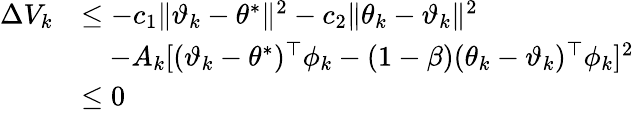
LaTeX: \begin{array}{rl}{\Delta V_{k}}&{\leq-c_{1}\| \vartheta_{k}-\theta^{*}\| ^{2}-c_{2}\| \theta_{k}-\vartheta_{k}\| ^{2}}\\ &{\quad-A_{k}[(\vartheta_{k}-\theta^{*})^{\top}\phi_{k}-(1-\beta)(\theta_{k}-\vartheta_{k})^{\top}\phi_{k}]^{2}}\\ &{\leq 0}\end{array}